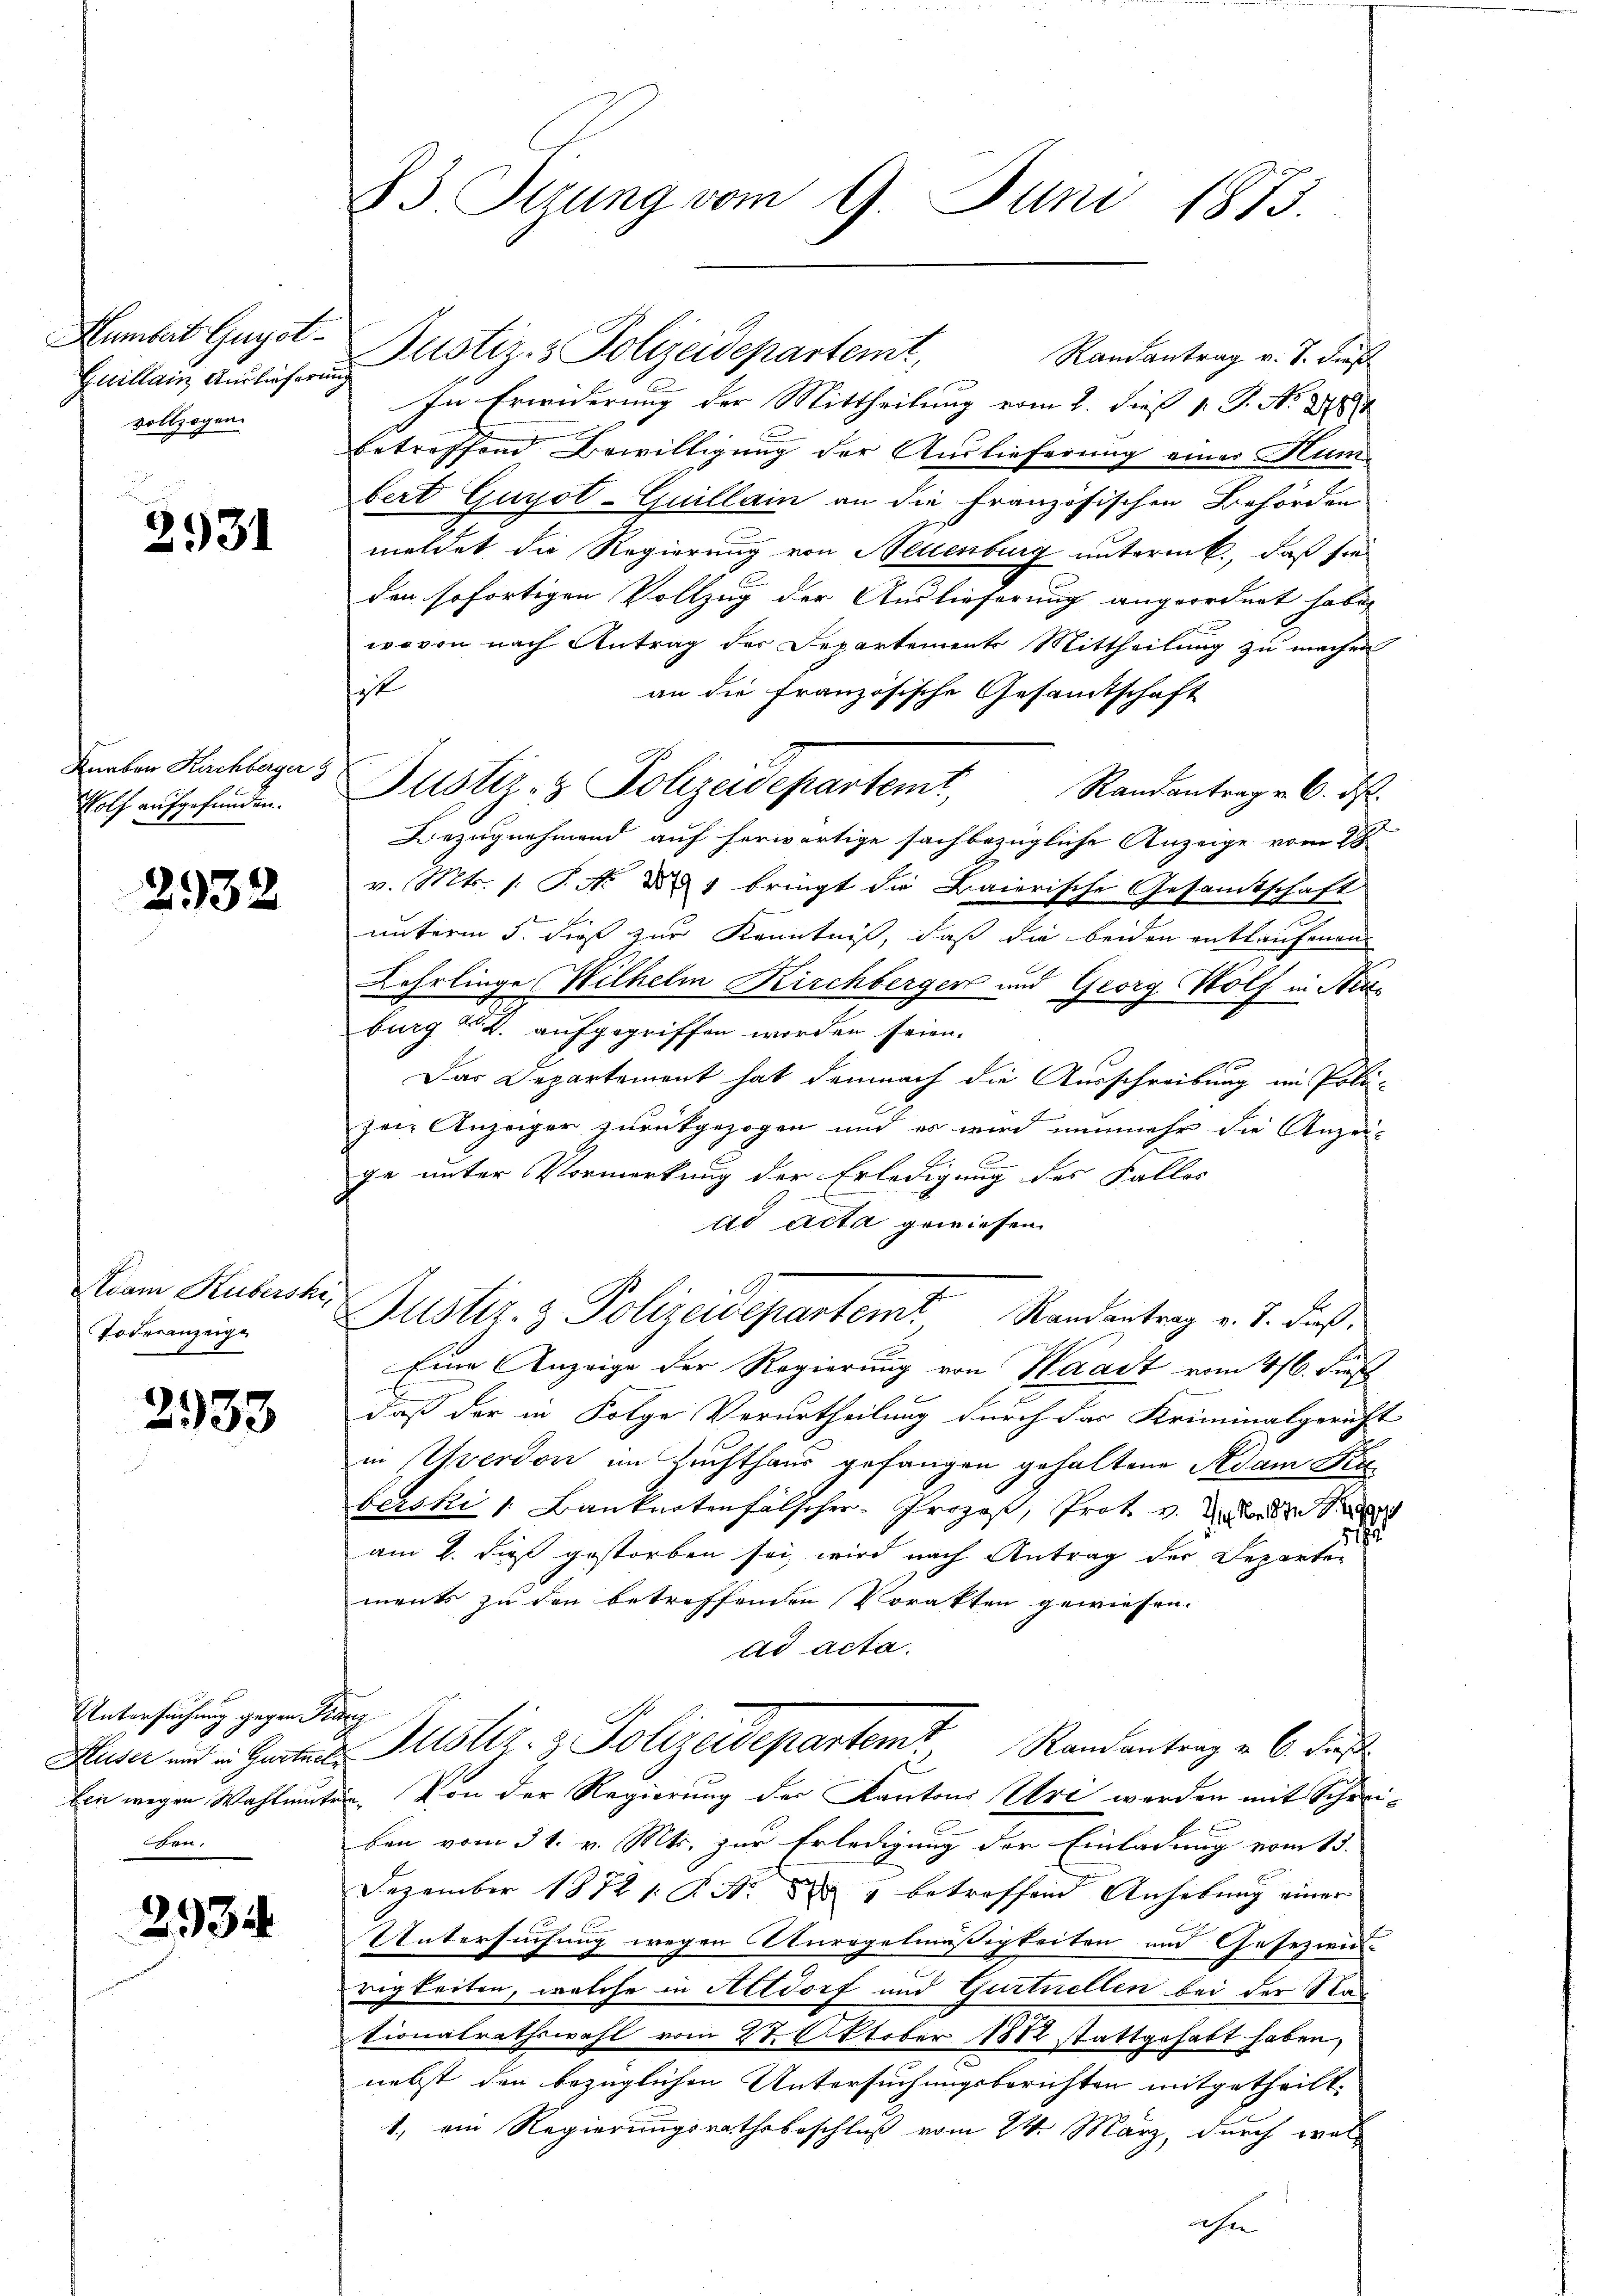
Humbert Guyot¬
Guillain Auslieferin
vollzogen.

2931

Knaben Kirchberger g
Holf aufgefunden.

2932

Adam Hubershe,
Todesenzeige

2933

Untersuchung gegen St.
Hluser und in Gurtnel¬
Ein wegen Wahlmute
aten,

2934

s

83 Stzung vom 9. Juni 1873.

Justiz- & Polizeidepartemt, Randantrag v. J. dieß
In Erinderung der Mittheilung vom 2. dieß v. J. No. 1888
betreffend Bewilligung der Auslieferung einer Hun
bert Guyot-Guillain an die Französischen Behörden
meldet die Regierung von Neuenburg unterm 6., daß sie
den sofortigen Vollzug der Auslieferung angeordnet habe,
wovon nach Antrag der Departements Mittheilung zu machen
ist
an die französische Gesamtschaft
Randantrag v. 6. d.
Bezugnahmend auf herwärtige sachbezügliche Anzeige vom 1
v. Mts. s. S. No 807 bringt die Baierische Gesamtschaft
2
unterm 5. dieß zur Kenntniß, daß die beiden entlaufenen
Lehrlinge Wilhelm Kirchberger und Georg Wolf in Nieburg u 2. aufgegriffen worden seien.
Das Departement hat demnach die Ausschreibung im Poli-
ze Anzeiger zurückgezogen und es wird nunmehr die Anzei-
ge unter Vormerkung der Erledigung des Falles
ad acta gewiesen
Justiz- & Polizeidepartemt Randentrag v. J. dieß.
Eine Anzeige der Regierung von Waadt vom 416. dieß
daß der in Folge Verurtheilung durch das Kriminalgericht
in verdon im Zuchthaus gefangen gehaltene Adam Sta
berski /: Banknotenfalscher Prozes, Prot. v. Anderse
31
am 2. dieß gestorben sei, wird nach Antrag der Departen
ments zu den betreffenden Vorakten gewiesen.
ad acta.
Justiz- & Polizeidepartemt Randantrag v. 6. des
Von der Regierung der Kantons Art werden mit Schreiben vom 31. v. Mts. zur Erledigung der Einladung vom 15.
Dezember 18721: P. R. 84 betreffend Anhebung einer
Untersuchung wegen Anregelmäßigkeiten und Gesezens-
rigkeiten, welche in Altdorf und Gurtnellen bei der Na
tionalrathswahl vom 28. Oktober 1882 stattgehabt haben,
nebst den bezüglichen Untersuchungsberichten mitgetheilt.
1., ein Regierungsrathsbeschluß vom 24. März, durch welhte

Justiz- & Polizeidepartemt,